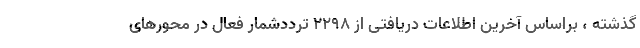
گذشته ، براساس آخرین اطلاعات دریافتی از ۲۲۹۸ ترددشمار فعال در محورهای